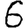
Digit: 6